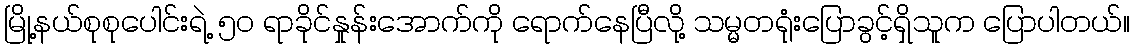
မြို့နယ်စုစုပေါင်းရဲ့ ၅၀ ရာခိုင်နှုန်းအောက်ကို ရောက်နေပြီလို့ သမ္မတရုံးပြောခွင့်ရှိသူက ပြောပါတယ်။